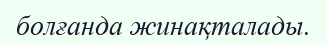
болғанда жинақталады.